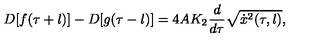
D [ f ( \tau + l ) ] - D [ g ( \tau - l ) ] = 4 A K _ { 2 } \frac { d } { d \tau } \sqrt { \dot { x } ^ { 2 } ( \tau , l ) } ,